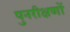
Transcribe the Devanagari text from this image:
पुनरीक्षणों